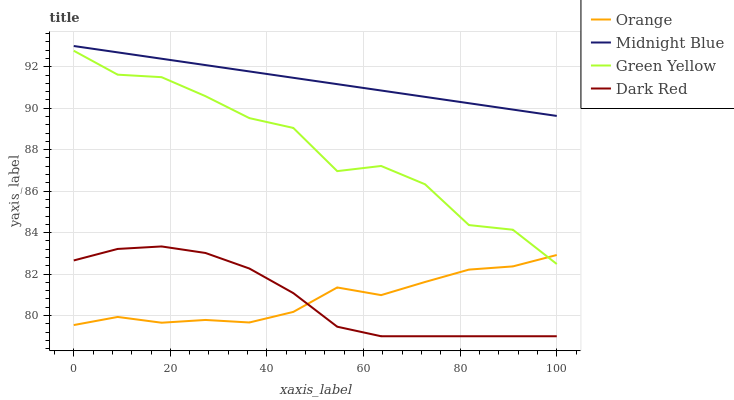
| xaxis_label | Orange | Midnight Blue | Green Yellow | Dark Red |
 | --- | --- | --- | --- | --- |
 | 0 | 79.5 | 93 | 92.8 | 82.7 |
 | 9.09 | 79.9 | 92.7 | 91.6 | 83.2 |
 | 18.2 | 79.7 | 92.4 | 91.5 | 83.3 |
 | 27.3 | 79.8 | 92.1 | 90.6 | 83 |
 | 36.4 | 79.7 | 91.8 | 89.5 | 82.3 |
 | 45.5 | 80.2 | 91.5 | 89 | 81.1 |
 | 54.5 | 81.4 | 91.2 | 87 | 79.5 |
 | 63.6 | 81 | 90.9 | 87.2 | 79 |
 | 72.7 | 81.6 | 90.5 | 86.3 | 79 |
 | 81.8 | 82.2 | 90.2 | 84.4 | 79 |
 | 90.9 | 82.4 | 89.9 | 84.1 | 79 |
 | 100 | 82.9 | 89.6 | 82.5 | 79 |